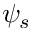
\psi _ { s }